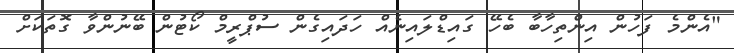
"އެންމެ ފަހުން އިންތިހާބާ ބެހޭ ގައިޑްލައިނެއް ހަދައިގެން ސުޕްރީމް ކޯޓުން ބޭނުންވާ ގޮތަކަށް